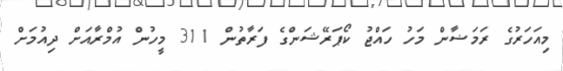
މިއަހަރުގެ ރަމަޟާން މަހު ހައްޖު ކޯޕަރޭޝަންގެ ފަރާތުން 311 މީހުން އުމްރާއަށް ދިއުމަށް